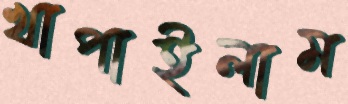
খাপাইলাম